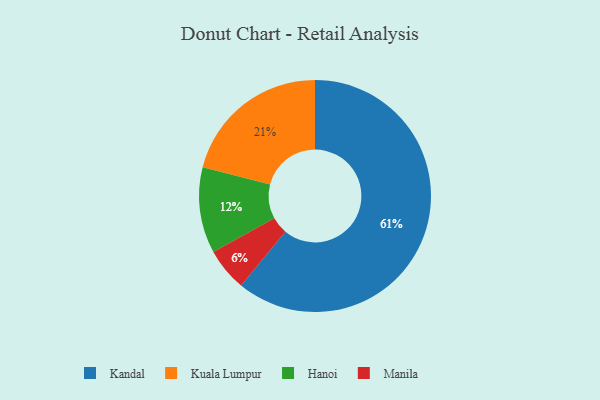
{"axis": {"x": "Category", "y": "Percentage"}, "legend": ["Hanoi", "Kandal", "Kuala Lumpur", "Manila"], "data": [{"x": "Manila", "y": 6, "type": "Manila"}, {"x": "Kandal", "y": 61, "type": "Kandal"}, {"x": "Hanoi", "y": 12, "type": "Hanoi"}, {"x": "Kuala Lumpur", "y": 21, "type": "Kuala Lumpur"}]}